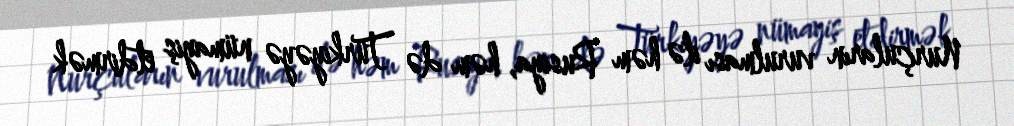
Nurçuların vurulması ilə həm Rusiya, həm də Türkiyəyə nümayiş etdirmək